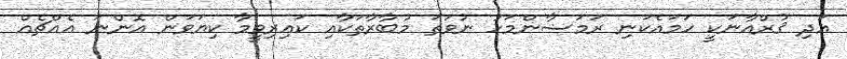
އަދި ޤުރްއާނަކީ ހަމައެކަނި ރަމަޟާންމަހު ނުވަތަ މުބާރާތަކާއި ކައިރިވީމާ ކިޔަވަން އޮންނަ އެއްޗެއް